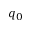
q _ { 0 }